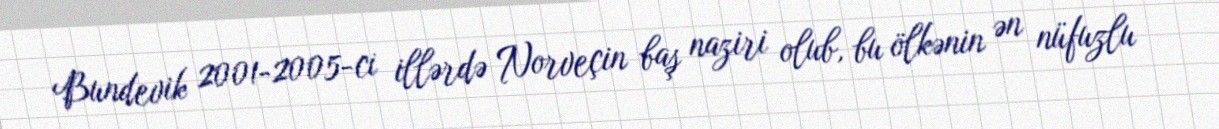
Bundevik 2001-2005-ci illərdə Norveçin baş naziri olub, bu ölkənin ən nüfuzlu